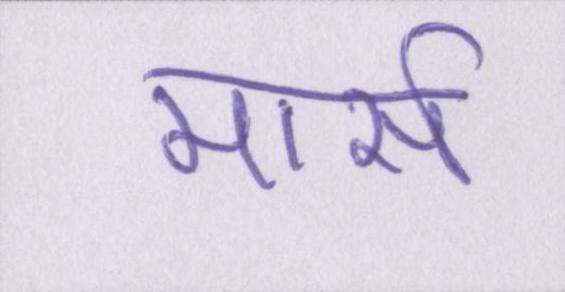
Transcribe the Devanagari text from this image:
मार्स